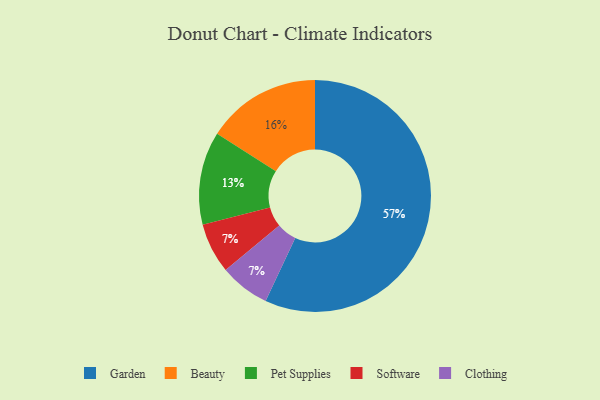
{"axis": {"x": "Category", "y": "Percentage"}, "legend": ["Beauty", "Clothing", "Garden", "Pet Supplies", "Software"], "data": [{"x": "Beauty", "y": 16, "type": "Beauty"}, {"x": "Garden", "y": 57, "type": "Garden"}, {"x": "Pet Supplies", "y": 13, "type": "Pet Supplies"}, {"x": "Software", "y": 7, "type": "Software"}, {"x": "Clothing", "y": 7, "type": "Clothing"}]}